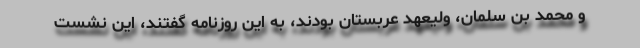
و محمد بن سلمان، ولیعهد عربستان بودند، به این روزنامه گفتند، این نشست